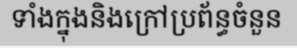
ទាំងក្នុងនិងក្រៅប្រព័ន្ធចំនួន